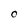
Character: O